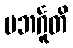
ပဘင်္ဂူတိ